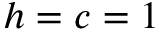
h = c = 1